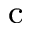
_ \mathrm { c }